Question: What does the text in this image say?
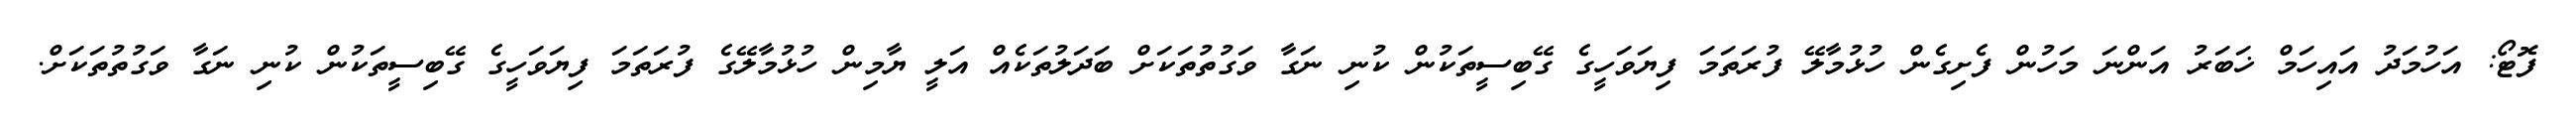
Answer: ފޮޓޯ: އަހުމަދު އައިހަމް ޚަބަރު އަންނަ މަހުން ފެށިގެން ހުޅުމާލޭ ފުރަތަމަ ފިޔަވަހީގެ ގޭބިސީތަކުން ކުނި ނަގާ ވަގުތުތަކަށް ބަދަލުތަކެއް އަލީ ޔާމިން ހުޅުމާލޭގެ ފުރަތަމަ ފިޔަވަހީގެ ގޭބިސީތަކުން ކުނި ނަގާ ވަގުތުތަކަށް.